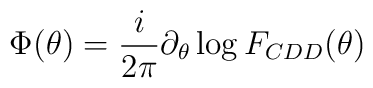
\Phi(\theta)={i\over2\pi}\partial_\theta \log F_{CDD}(\theta)